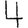
Digit: 4